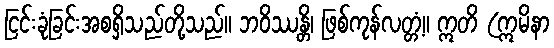
ငြင်းခုံခြင်းအစရှိသည်တို့သည်။ ဘဝိဿန္တိ၊ ဖြစ်ကုန်လတ္တံ့။ ဣတိ (ဣမိနာ